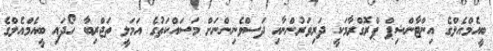
ބީއެމްއެލްގެ އިންޓާންޝިޕް ޕްރޮގްރާމަކީ ދަރިވަރުންނާއި ދަސްވެނިންނަށް މަސައްކަތުގެ އަމަލީ ތަޖްރިބާ ހޯދައި ބީއެމްއެލްގެ